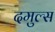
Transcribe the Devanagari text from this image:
दमुल्स